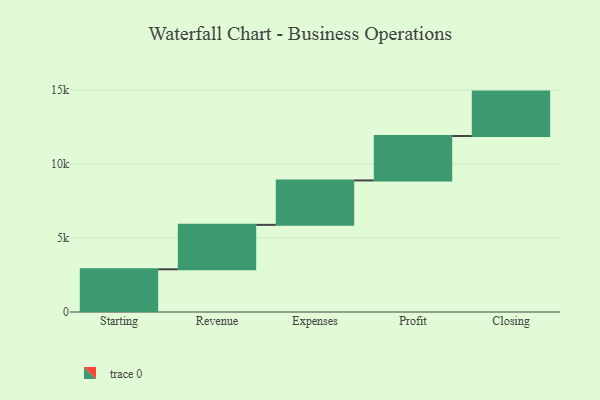
{"axis": {"x": "Step", "y": "Value"}, "legend": [""], "data": [{"x": "Starting", "y": 2885.0, "type": ""}, {"x": "Revenue", "y": 3000, "type": ""}, {"x": "Expenses", "y": 3000, "type": ""}, {"x": "Profit", "y": 3000, "type": ""}, {"x": "Closing", "y": 3000, "type": ""}]}